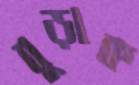
বুড়াক